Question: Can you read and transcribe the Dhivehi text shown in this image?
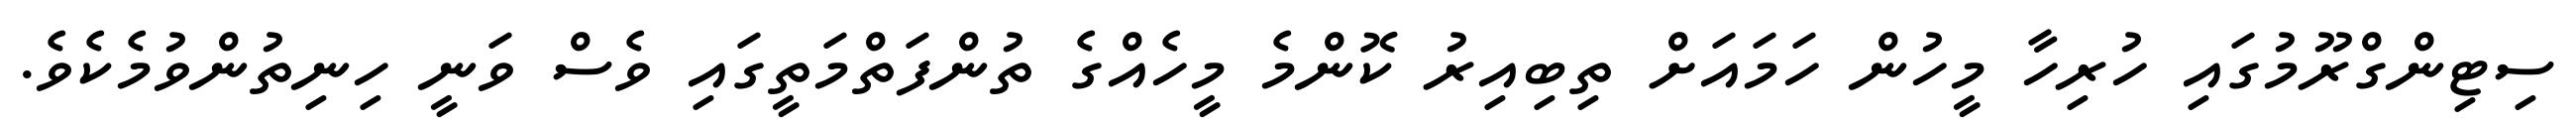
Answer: ސިޓިންގްރޫމުގައި ހުރިހާ މީހުން ހަމައަށް ތިބިއިރު ކޮންމެ މީހެއްގެ ތުންފަތްމަތީގައި ވެސް ވަނީ ހިނިތުންވުމެކެވެ.